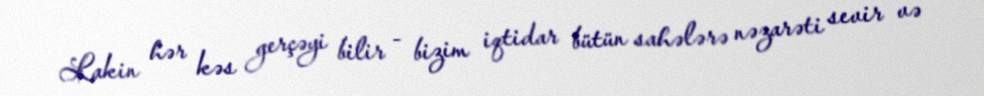
Lakin hər kəs gerçəyi bilir - bizim iqtidar bütün sahələrə nəzarəti sevir və